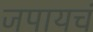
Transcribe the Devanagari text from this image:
जपायचं